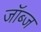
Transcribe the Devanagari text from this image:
जॉब्ज